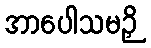
အာပေါသမဉှိ